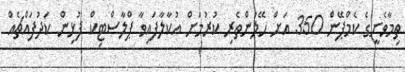
ތިމާވެށީގެ ކެމްޕޭން 350 އަށް ހޭލުންތެރި ކުރުމަށް އުކާލާފައިވާ ޕްލާސްޓިކް ފުޅިން ކަދުފައްޗެއް